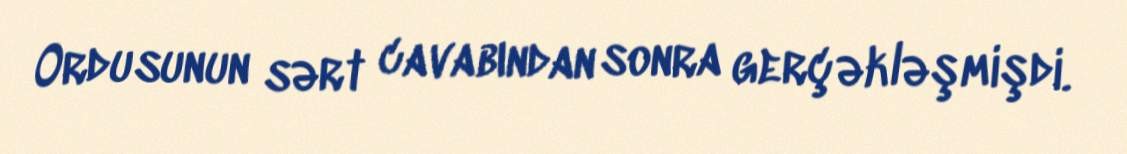
Ordusunun sərt cavabından sonra gerçəkləşmişdi.